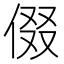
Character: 𬾧